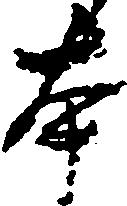
本